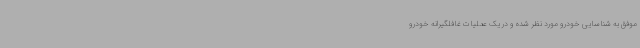
موفق به شناسایی خودرو مورد نظر شده و در یک عملیات غافلگیرانه خودرو